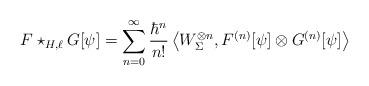
LaTeX: \begin{align*} F \star_{H, \ell} G [\psi] = \sum_{n = 0}^{\infty} \frac{\hbar^{n}}{n!} \left\langle W_{\Sigma}^{\otimes n}, F^{(n)}[\psi] \otimes G^{(n)}[\psi] \right\rangle \end{align*}